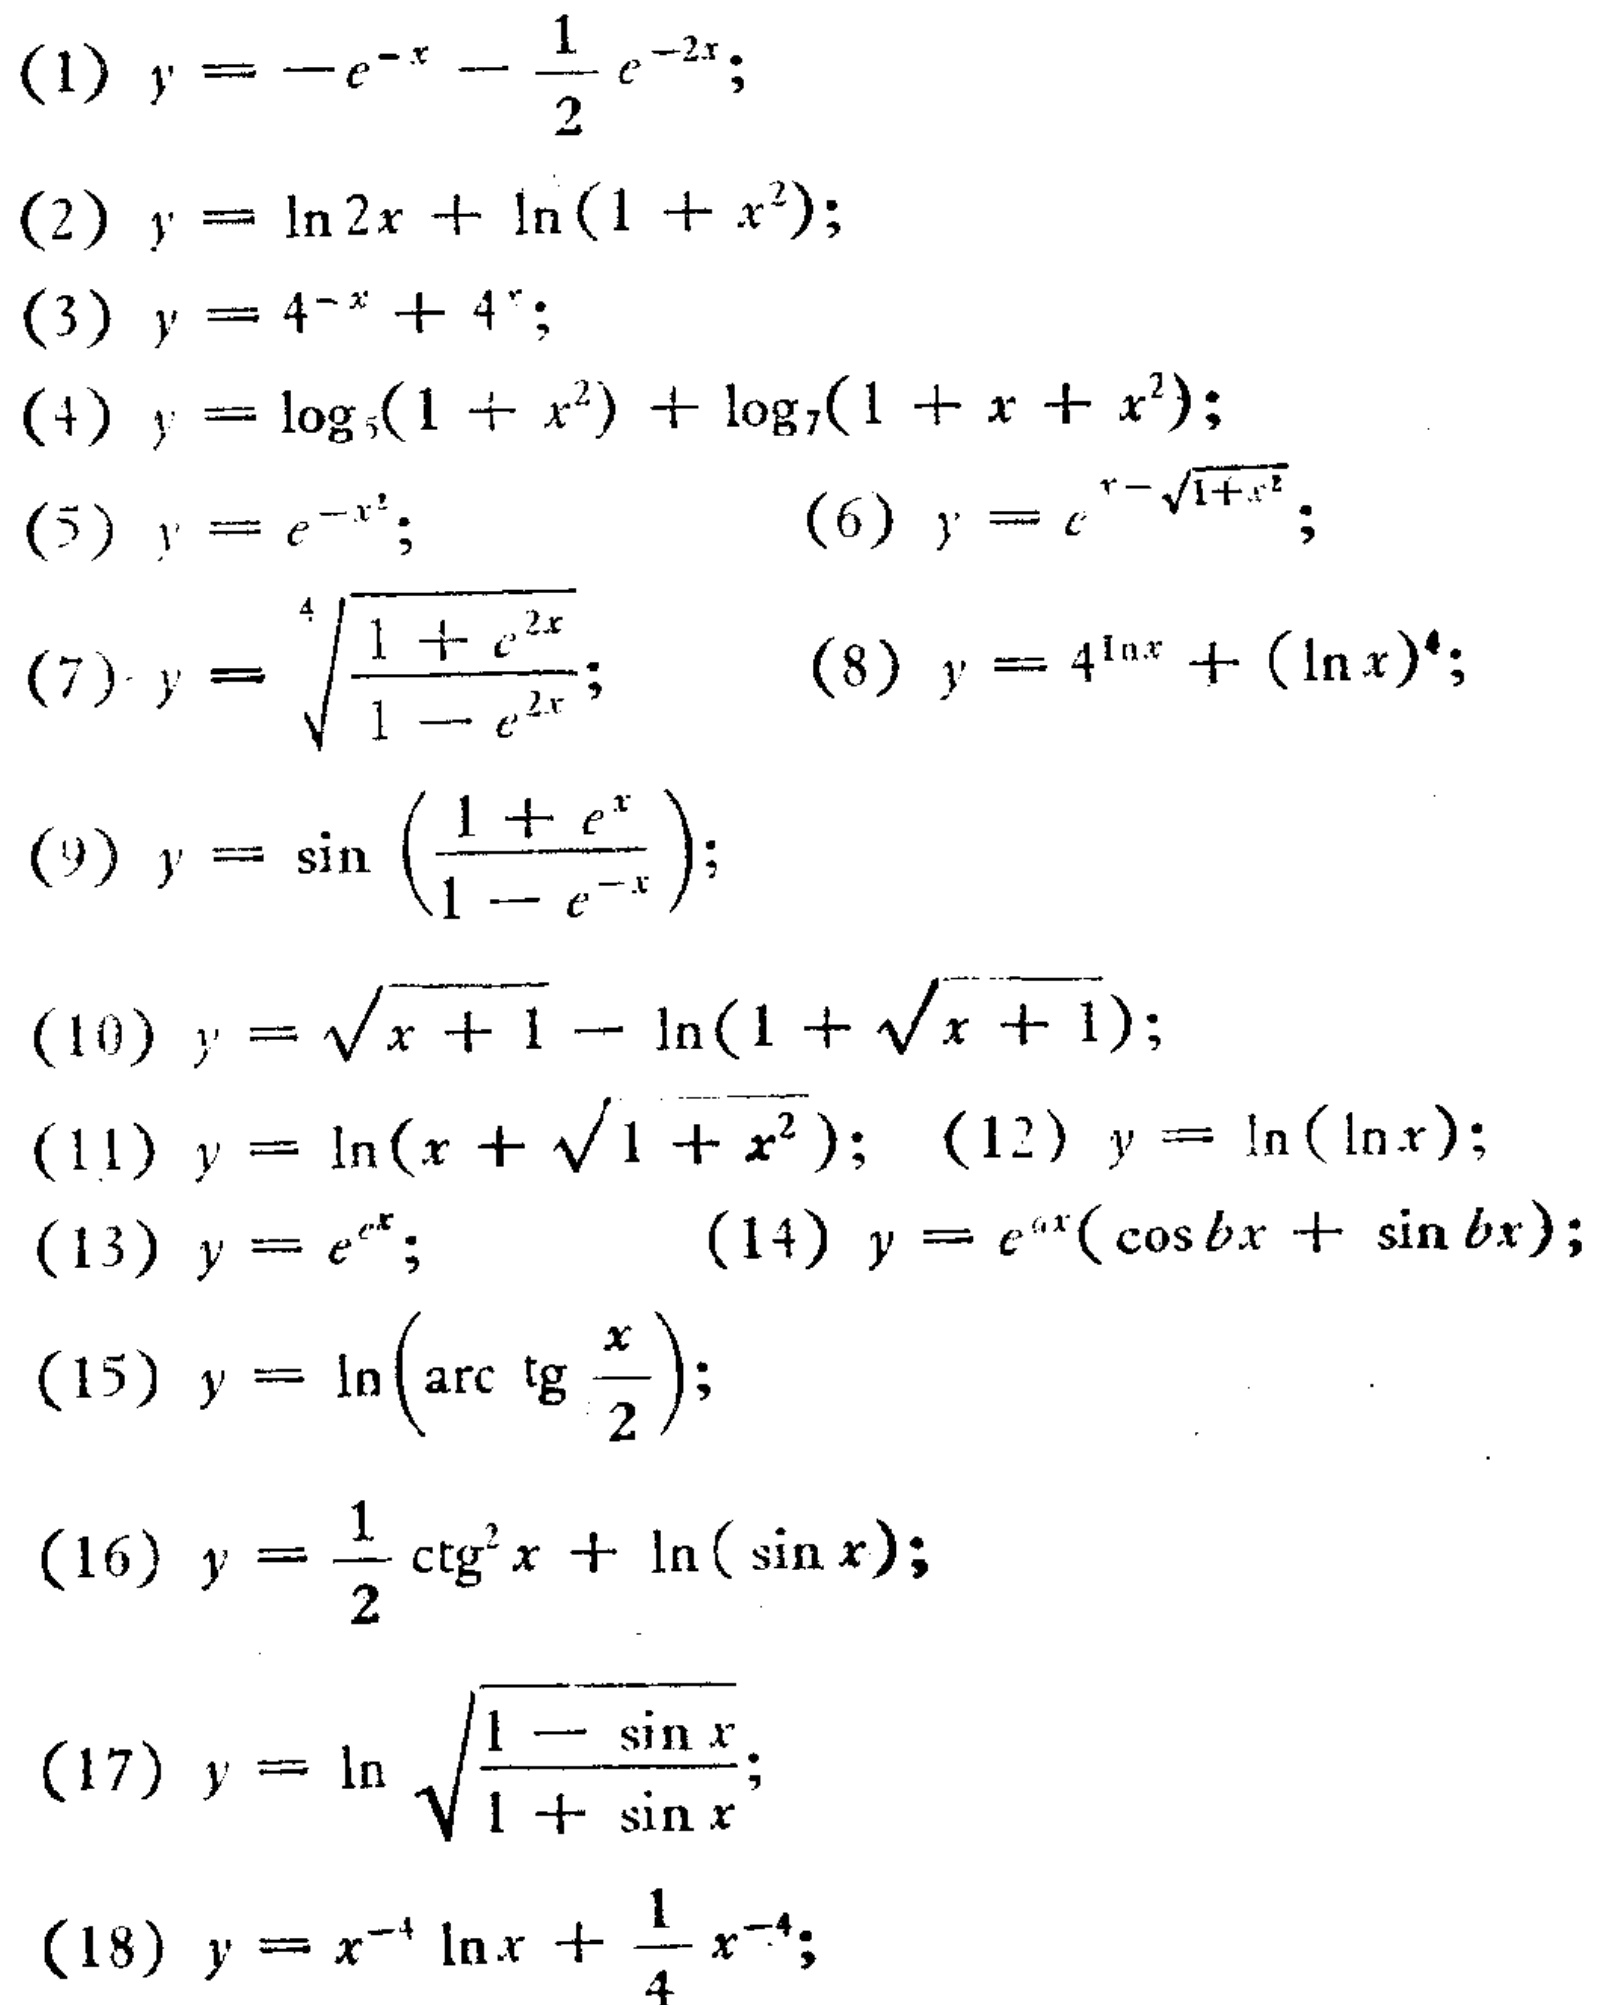
(1) \(y = -e^{-x}-\frac{1}{2}e^{-2x}\);
(2) \(y=\ln 2x+\ln(1 + x^{2})\);
(3) \(y = 4^{-x}+4^{x}\);
(4) \(y=\log_{3}(1 + x^{2})+\log_{7}(1 + x + x^{2})\);
(5) \(y = e^{-x^{2}}\); (6) \(y = e^{x-\sqrt{1 + x^{2}}}\);
(7) \(y=\sqrt[4]{\frac{1 + e^{2x}}{1 - e^{2x}}}\); (8) \(y = 4^{\ln x}+(\ln x)^{4}\);
(9) \(y=\sin\left(\frac{1 + e^{x}}{1 - e^{-x}}\right)\);
(10) \(y=\sqrt{x + 1}-\ln(1+\sqrt{x + 1})\);
(11) \(y=\ln(x+\sqrt{1 + x^{2}})\); (12) \(y=\ln(\ln x)\);
(13) \(y = e^{e^{x}}\); (14) \(y = e^{ax}(\cos bx+\sin bx)\);
(15) \(y=\ln\left(\arctan\frac{x}{2}\right)\);
(16) \(y=\frac{1}{2}\cot^{2}x+\ln(\sin x)\);
(17) \(y=\ln\sqrt{\frac{1 - \sin x}{1+\sin x}}\);
(18) \(y = x^{-4}\ln x+\frac{1}{4}x^{-4}\);